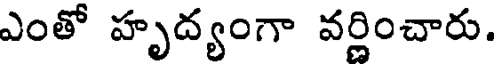
ఎంతో హృద్యంగా వర్ణించారు.